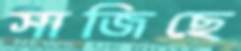
সাজিছে